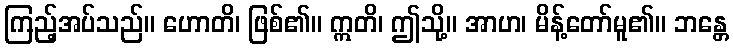
ကြည့်အပ်သည်။ ဟောတိ၊ ဖြစ်၏။ ဣတိ၊ ဤသို့။ အာဟ၊ မိန့်တော်မူ၏။ ဘန္တေ